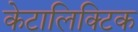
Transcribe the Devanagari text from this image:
केटालिक्टिक